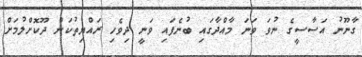
ގާނޫނު އަސާސީގެ ނުވަ ވަނަ މާއްދާގައި ބުނެފައި ވަނީ ދިވެހި ރައްޔިތުކަން ދޫކޮށްލުމަށް